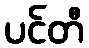
ပင်တီ